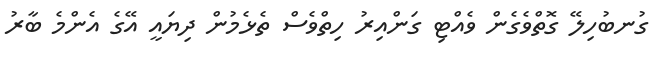
ގުނބުހިލޭ ގޮތްވެގެން ވެއްޓި ގަންއިރު ހިތްވެސް ތެޅެމުން ދިޔައީ އޭގެ އެންމެ ބާރު